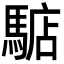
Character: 𩤎